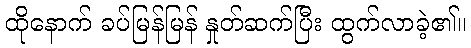
ထိုနောက် ခပ်မြန်မြန် နှုတ်ဆက်ပြီး ထွက်လာခဲ့၏။